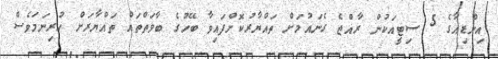
އިންޑިއާގެ 5 ސިޓީއަކުން ރާއްޖެ ގެނައުމަށް ތައްޔާރުކޮށްފައިވާ ބޭހުގެ ބާވަތްތައް ތައްޔާރަށް ހުރިނަމަވެސް